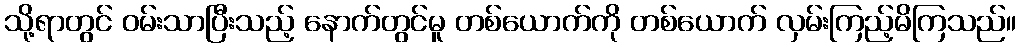
သို့ရာတွင် ဝမ်းသာပြီးသည့် နောက်တွင်မူ တစ်ယောက်ကို တစ်ယောက် လှမ်းကြည့်မိကြသည်။